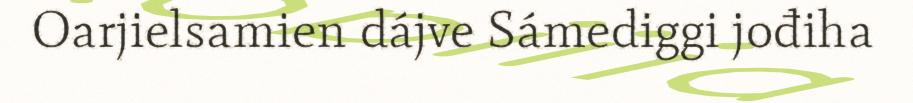
Oarjielsamien dájve Sámediggi jođiha